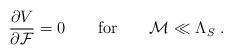
LaTeX: \begin{align*}\frac{\partial V}{\partial {\cal F}}=0 \quad \quad {\rm for}\quad \quad {\cal M}\ll {\Lambda_S} \ .\end{align*}